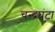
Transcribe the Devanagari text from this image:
चन्द्रघंटा